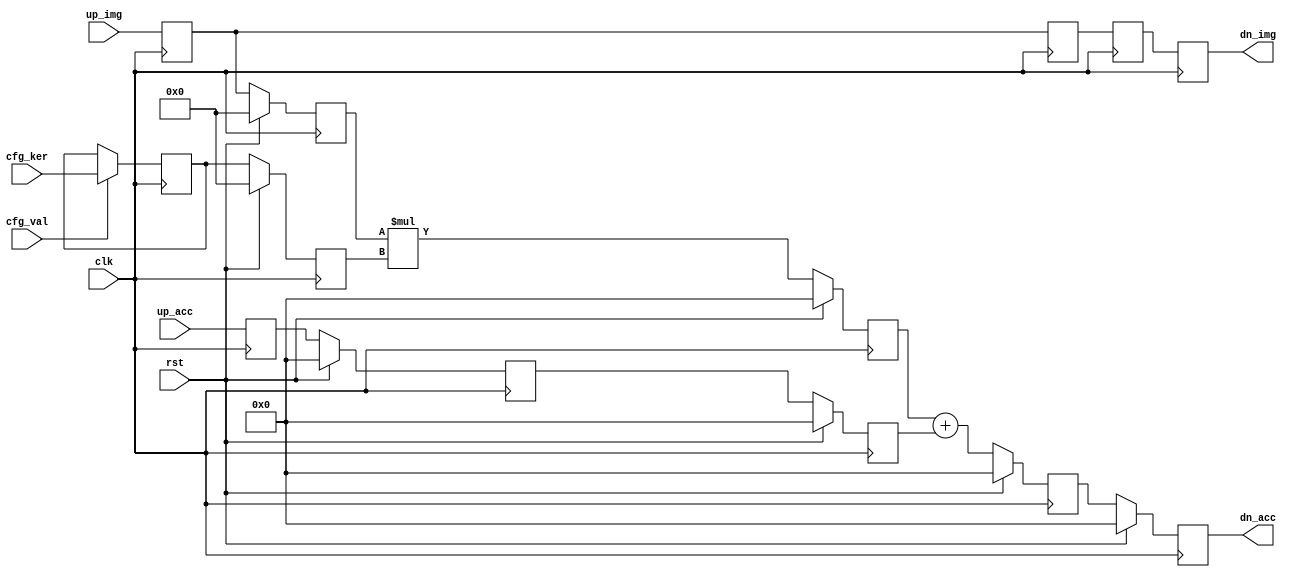
`ifndef _multiply_add_
`define _multiply_add_


`default_nettype none

module multiply_add
  #(parameter
    IMG_WIDTH   = 16,
    KER_WIDTH   = 16)
   (
    input  wire                             clk,
    input  wire                             rst,

    input  wire [KER_WIDTH-1:0]             cfg_ker,
    input  wire                             cfg_val,

    input  wire [IMG_WIDTH-1:0]             up_img,
    input  wire [IMG_WIDTH+KER_WIDTH-1:0]   up_acc,

    output reg  [IMG_WIDTH-1:0]             dn_img,
    output reg  [IMG_WIDTH+KER_WIDTH-1:0]   dn_acc
);



    function signed [IMG_WIDTH+KER_WIDTH-1:0] multiply;
        input signed [IMG_WIDTH-1:0] a1;
        input signed [KER_WIDTH-1:0] a2;

        begin
            multiply = a1 * a2;
        end
    endfunction


    function signed [IMG_WIDTH+KER_WIDTH-1:0] addition;
        input signed [IMG_WIDTH+KER_WIDTH-1:0]  a1;
        input signed [IMG_WIDTH+KER_WIDTH-1:0]  a2;

        begin
            addition = a1 + a2;
        end
    endfunction


    reg  [IMG_WIDTH-1:0]            dn_img_p3;
    reg  [IMG_WIDTH-1:0]            dn_img_p2;

    reg  [IMG_WIDTH-1:0]            up_img_p2;
    reg  [IMG_WIDTH-1:0]            up_img_p1;

    reg  [KER_WIDTH-1:0]            ker_p2;
    reg  [KER_WIDTH-1:0]            ker_p1;

    reg  [IMG_WIDTH+KER_WIDTH-1:0]  up_acc_p4;
    reg  [IMG_WIDTH+KER_WIDTH-1:0]  up_acc_p3;
    reg  [IMG_WIDTH+KER_WIDTH-1:0]  up_acc_p2;
    reg  [IMG_WIDTH+KER_WIDTH-1:0]  up_acc_p1;

    reg  [IMG_WIDTH+KER_WIDTH-1:0]  product_p3;


    always @(posedge clk)
        if (cfg_val) begin
            ker_p1 <= cfg_ker;
        end


    always @(posedge clk) begin
        up_img_p1   <= up_img;
        up_acc_p1   <= up_acc;
    end


    // delay up_img stream
    always @(posedge clk) begin
        dn_img_p2   <= up_img_p1;
        dn_img_p3   <= dn_img_p2;
        dn_img      <= dn_img_p3;
    end


`ifdef ALTERA_FPGA
    always @(posedge clk or posedge rst)
`else //!ALTERA_FPGA
    always @(posedge clk)
`endif
        if (rst) begin
            ker_p2      <= 'b0;
            up_img_p2   <= 'b0;
            up_acc_p2   <= 'b0;

            product_p3  <= 'b0;
            up_acc_p3   <= 'b0;

            up_acc_p4   <= 'b0;
            dn_acc      <= 'b0;
        end
        else begin
            ker_p2      <= ker_p1;
            up_img_p2   <= up_img_p1;
            up_acc_p2   <= up_acc_p1;

            product_p3  <= multiply(up_img_p2, ker_p2);
            up_acc_p3   <= up_acc_p2;

            up_acc_p4   <= addition(product_p3, up_acc_p3);
            dn_acc      <= up_acc_p4;
        end


endmodule

`default_nettype wire

`endif //  `ifndef _multiply_add_